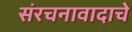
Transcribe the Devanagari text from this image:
संरचनावादाचे